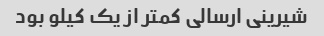
شیرینی ارسالی کمتر از یک کیلو بود